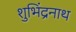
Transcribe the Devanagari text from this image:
शुभिंद्रनाथ